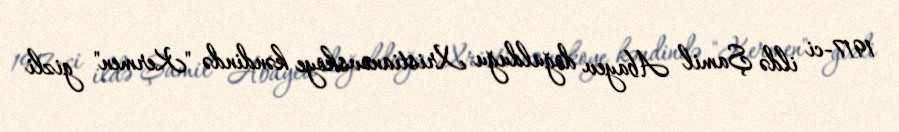
1917-ci ildə Şamil Abayev doğulduğu Xristianovskoye kəndində "Kermen" gizli